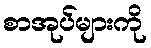
စာအုပ်များကို